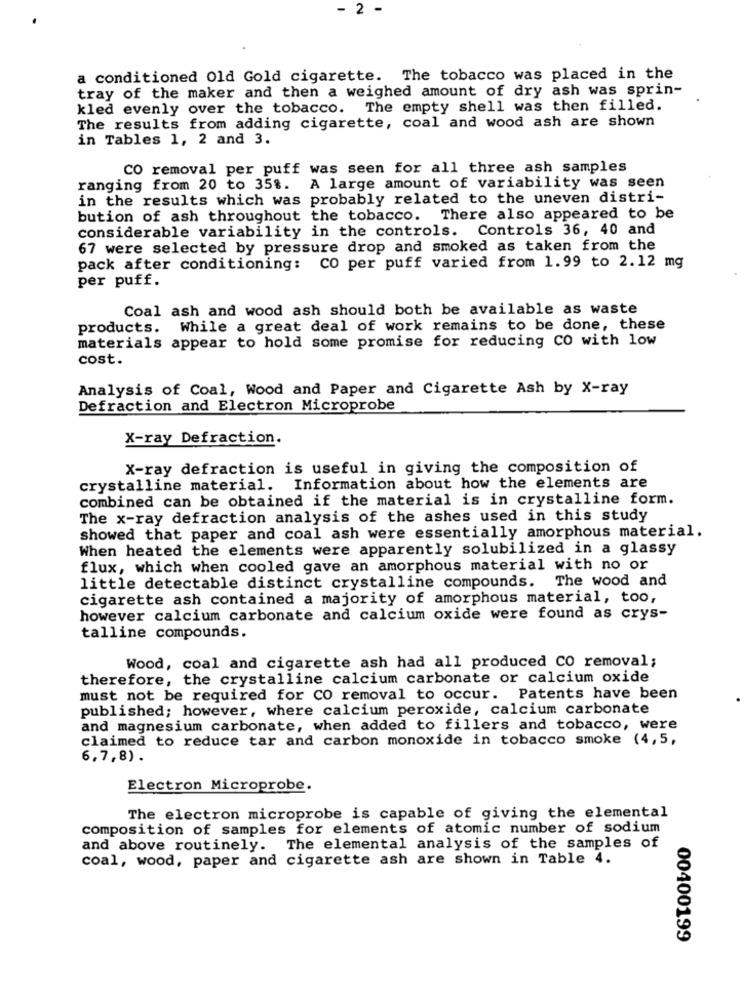
- 2 -
a conditioned Old Gold cigarette. The tobacco was placed in the
tray of the maker and then a weighed amount of dry ash was sprin-
kled evenly over the tobacco. The empty shell was then filled.
The results from adding cigarette, coal and wood ash are shown
in Tables 1, 2 and 3.
CO removal per puff was seen for all three ash samples
ranging from 20 to 35%. A large amount of variability was seen
in the results which was probably related to the uneven distri-
bution of ash throughout the tobacco. There also appeared to be
considerable variability in the controls. Controls 36, 40 and
67 were selected by pressure drop and smoked as taken from the
pack after conditioning: CO per puff varied from 1.99 to 2.12 mg
per puff.
Coal ash and wood ash should both be available as waste
products.
While a great deal of work remains to be done, these
materials appear to hold some promise for reducing CO with low
cost.
Analysis of Coal, Wood and Paper and Cigarette Ash by X-ray
Defraction and Electron Microprobe
X-ray Defraction.
X-ray defraction is useful in giving the composition of
crystalline material. Information about how the elements are
combined can be obtained if the material is in crystalline form.
The x-ray defraction analysis of the ashes used in this study
showed that paper and coal ash were essentially amorphous material.
When heated the elements were apparently solubilized in a glassy
flux, which when cooled gave an amorphous material with no or
little detectable distinct crystalline compounds. The wood and
cigarette ash contained a majority of amorphous material, too,
however calcium carbonate and calcium oxide were found as crys-
talline compounds.
Wood, coal and cigarette ash had all produced CO removal;
therefore, the crystalline calcium carbonate or calcium oxide
must not be required for CO removal to occur. Patents have been
published; however, where calcium peroxide, calcium carbonate
and magnesium carbonate, when added to fillers and tobacco, were
claimed to reduce tar and carbon monoxide in tobacco smoke (4,5,
6,7,8) .
Electron Microprobe.
The electron microprobe is capable of giving the elemental
composition of samples for elements of atomic number of sodium
and above routinely. The elemental analysis of the samples of
coal, wood, paper and cigarette ash are shown in Table 4.
00400199